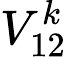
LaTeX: {\LARGE V_{12}^{k}}